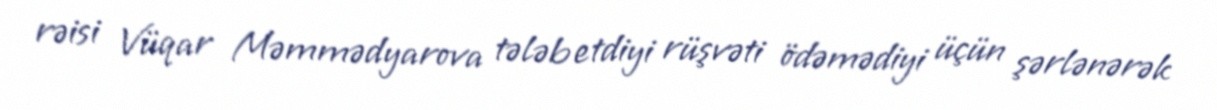
rəisi Vüqar Məmmədyarova tələb etdiyi rüşvəti ödəmədiyi üçün şərlənərək